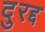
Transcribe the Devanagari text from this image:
दुरद्द